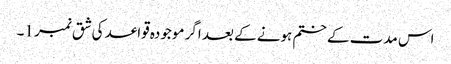
اس مدت کے ختم ہونے کے بعد اگر موجودہ قواعد کی شق نمبر 1۔